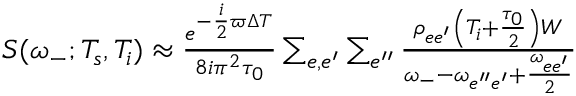
\begin{array} { r } { { \cal S } ( \omega _ { - } ; T _ { s } , T _ { i } ) \approx \frac { e ^ { - \frac { i } { 2 } \varpi \Delta T } } { 8 i \pi ^ { 2 } \tau _ { 0 } } \sum _ { e , e ^ { \prime } } \sum _ { e ^ { \prime \prime } } \frac { \rho _ { e e ^ { \prime } } \left( T _ { i } + \frac { \tau _ { 0 } } { 2 } \right) W } { \omega _ { - } - \omega _ { e ^ { \prime \prime } e ^ { \prime } } + \frac { \omega _ { e e ^ { \prime } } } { 2 } } } \end{array}